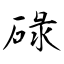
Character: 碌